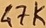
Text: 47K